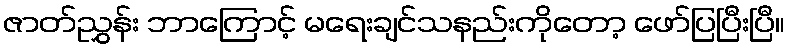
ဇာတ်ညွှန်း ဘာကြောင့် မရေးချင်သနည်းကိုတော့ ဖော်ပြပြီးပြီ။